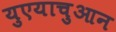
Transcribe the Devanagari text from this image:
युएयाचुआन